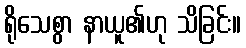
ရိုသေစွာ နာယူ၏ဟု သိခြင်း။